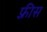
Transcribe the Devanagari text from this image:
फ़्रीस